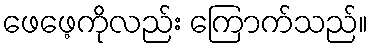
ဖေဖေ့ကိုလည်း ကြောက်သည်။